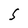
Character: S